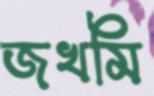
জখমি